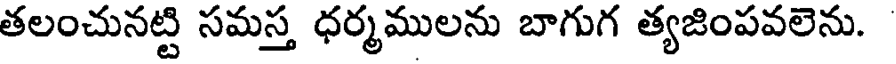
తలంచునట్టి సమస్త ధర్మములను బాగుగ త్యజింపవలెను.